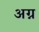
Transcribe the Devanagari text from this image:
अग्न